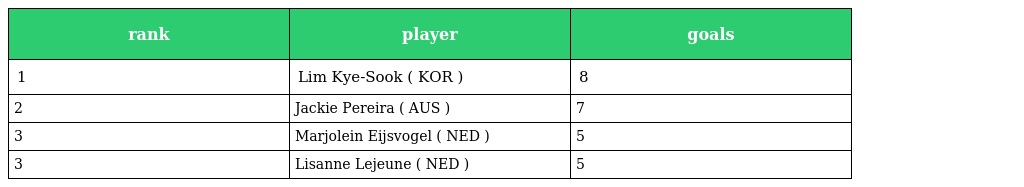
| rank | player | goals |
 | --- | --- | --- |
 | 1 | Lim Kye-Sook ( KOR ) | 8 |
 | 2 | Jackie Pereira ( AUS ) | 7 |
 | 3 | Marjolein Eijsvogel ( NED ) | 5 |
 | 3 | Lisanne Lejeune ( NED ) | 5 |